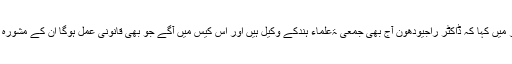
انہوں نے آخر میں کہا کہ ڈاکٹر راجیودھون آج بھی جمعی ۃعلماء ہندکے وکیل ہیں اور اس کیس میں آگے جو بھی قانونی عمل ہوگا ان کے مشورہ سے ہی ہوگا۔